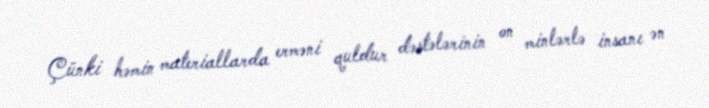
Çünki həmin materiallarda erməni quldur dəstələrinin on minlərlə insanı ən